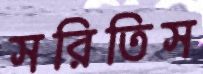
সরিতিস